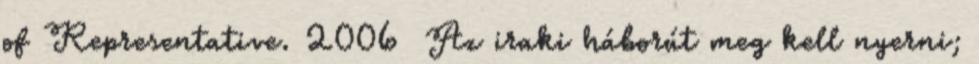
of Representative. 2006 Az iraki háborút meg kell nyerni;